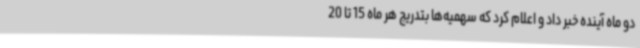
دو ماه آینده خبر داد و اعلام کرد که سهمیه‌ها بتدریج هر ماه 15 تا 20